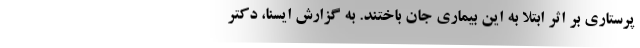
پرستاری بر اثر ابتلا به این بیماری جان باختند. به گزارش ایسنا، دکتر